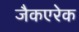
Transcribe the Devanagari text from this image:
जैकएरेक